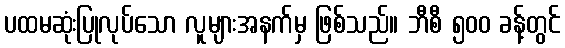
ပထမဆုံးပြုလုပ်သော လူများအနက်မှ ဖြစ်သည်။ ဘီစီ ၅၀၀ ခန့်တွင်